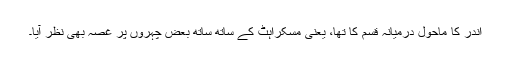
اندر کا ماحول درمیانہ قسم کا تھا، یعنی مسکراہٹ کے ساتھ ساتھ بعض چہروں پر غصہ بھی نظر آیا۔